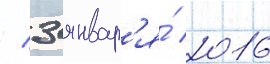
/ 3 январ'я́ 2016